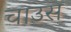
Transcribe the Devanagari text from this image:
चाउस